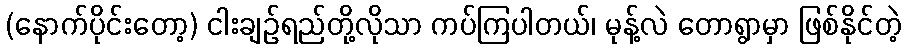
(နောက်ပိုင်းတော့) ငါးချဉ်ရည်တို့လိုသာ ကပ်ကြပါတယ်၊ မုန့်လဲ တောရွာမှာ ဖြစ်နိုင်တဲ့